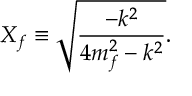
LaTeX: X _ { f } \equiv \sqrt { \frac { - k ^ { 2 } } { 4 m _ { f } ^ { 2 } - k ^ { 2 } } } .